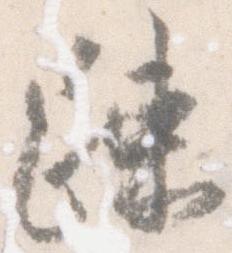
疎